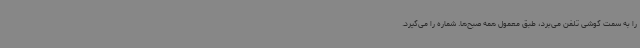
را به سمت گوشی تلفن می‌برد، طبق معمول همه صبح‌ها. شماره را می‌گیرد.